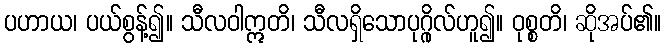
ပဟာယ၊ ပယ်စွန့်၍။ သီလဝါဣတိ၊ သီလရှိသောပုဂ္ဂိုလ်ဟူ၍။ ဝုစ္စတိ၊ ဆိုအပ်၏။